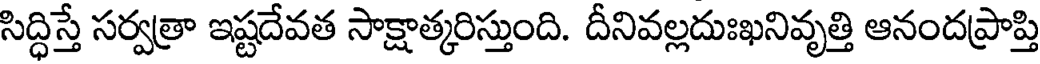
సిద్ధిస్తే సర్వత్రా ఇష్టదేవత సాక్షాత్కరిస్తుంది. దీనివల్లదుఃఖనివృత్తి ఆనందప్రాప్తి